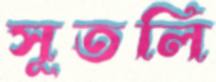
সূতলি